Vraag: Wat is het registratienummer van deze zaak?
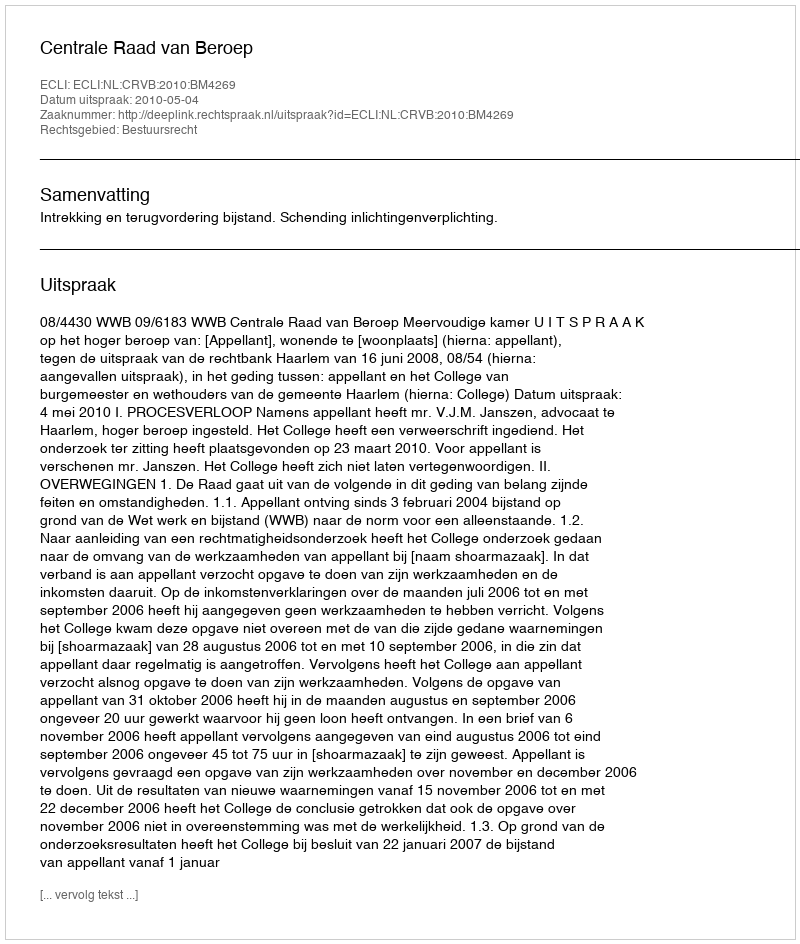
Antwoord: http://deeplink.rechtspraak.nl/uitspraak?id=ECLI:NL:CRVB:2010:BM4269